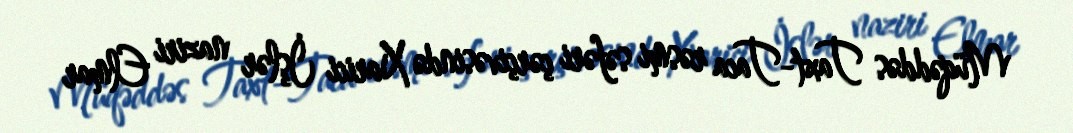
Müqəddəs Taxt-Taca rəsmi səfəri çərçivəsində Xarici İşlər naziri Elmar